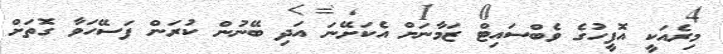
މިރެއަކީ އޮފީހުގެ ވެބްސައިޓް ޒަމާނަށް އެކަށޭނަ އަދި ބޭނުން ކުރަން ފަސޭހަވާ ގޮތަށް